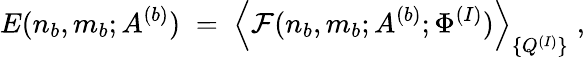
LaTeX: E(n_{b},m_{b};A^{(b)})\; =\; \Big\langle{\cal F}(n_{b},m_{b};A^{(b)};\Phi^{(I)})\Big\rangle_{\{ Q^{(I)}\} }\; ,